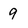
Character: 9